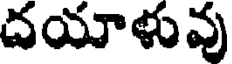
దయాళువు